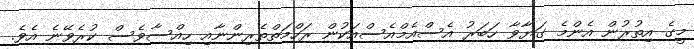
މީގެ އިތުރުން އެންމެ ގަޔާވާ ހަބަރު އެސްއެމްއެސްއަކުން ރަހްމަތްތެރިންނާއި ހިއްސާވެސް ކުރެވޭނެ އެވެ.